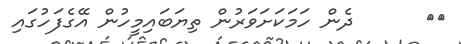
١٥      ދެން ހަމަކަށަވަރުން ތިޔަބައިމީހުން އޭގެފަހުގައި